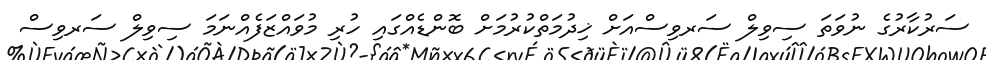
ސަރުކާރުގެ ނުވަތަ ސިވިލް ސަރވިސްއަށް ޚިދުމަތްކުރުމަށް ބޮންޑެއްގައި ހުރި މުވައްޒަފެއްނަމަ ސިވިލް ސަރވިސް